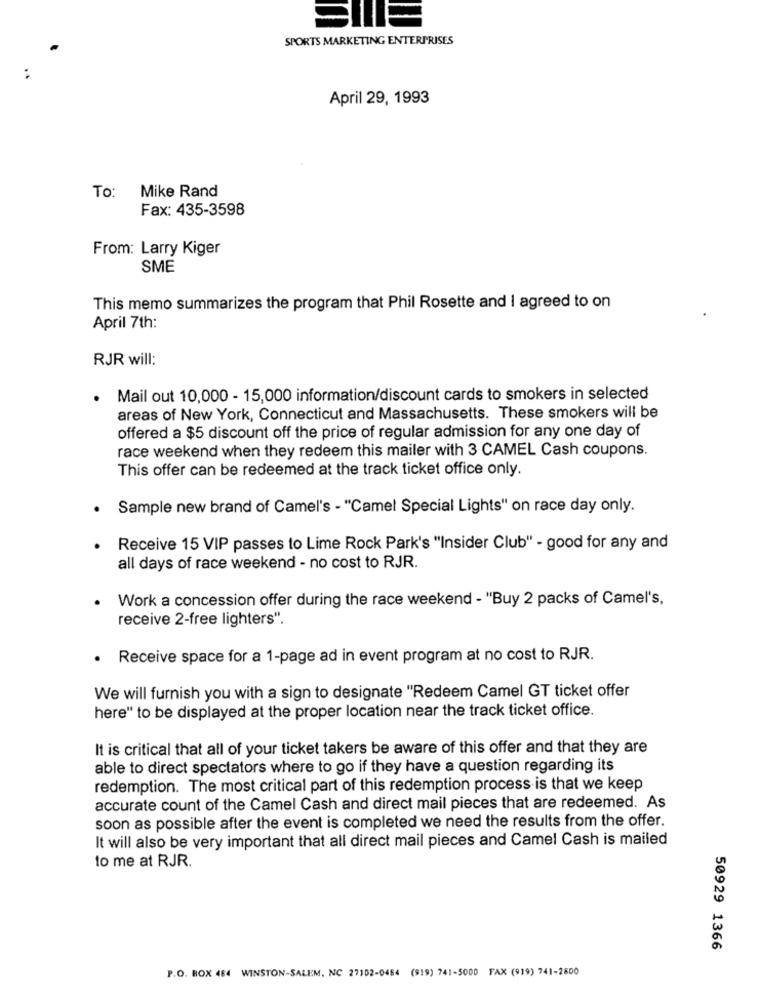
SPORTS MARKETING ENTERPRISES
April 29, 1993
To: Mike Rand
Fax: 435-3598
From: Larry Kiger
SME
This memo summarizes the program that Phil Rosette and I agreed to on
April 7th:
RJR will:
· Mail out 10,000 - 15,000 information/discount cards to smokers in selected
areas of New York, Connecticut and Massachusetts. These smokers will be
offered a $5 discount off the price of regular admission for any one day of
race weekend when they redeem this mailer with 3 CAMEL Cash coupons.
This offer can be redeemed at the track ticket office only.
Sample new brand of Camel's - "Camel Special Lights" on race day only.
Receive 15 VIP passes to Lime Rock Park's "Insider Club" - good for any and
all days of race weekend - no cost to RJR.
Work a concession offer during the race weekend - "Buy 2 packs of Camel's,
receive 2-free lighters".
.
Receive space for a 1-page ad in event program at no cost to RJR.
We will furnish you with a sign to designate "Redeem Camel GT ticket offer
here" to be displayed at the proper location near the track ticket office.
It is critical that all of your ticket takers be aware of this offer and that they are
able to direct spectators where to go if they have a question regarding its
redemption. The most critical part of this redemption process is that we keep
accurate count of the Camel Cash and direct mail pieces that are redeemed. As
soon as possible after the event is completed we need the results from the offer.
It will also be very important that all direct mail pieces and Camel Cash is mailed
to me at RJR.
50929 1366
P.O. BOX 484 WINSTON-SALEM, NC 27102-0454 (919) 741-5000 FAX (919) 741-2800